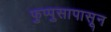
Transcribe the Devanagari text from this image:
फुप्पुसापासून